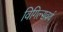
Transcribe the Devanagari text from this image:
विगिल्सवर्थ